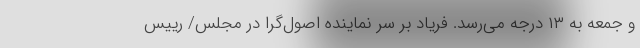
و جمعه به ۱۳ درجه می‌رسد. فریاد بر سر نماینده اصول‌گرا در مجلس/ رییس